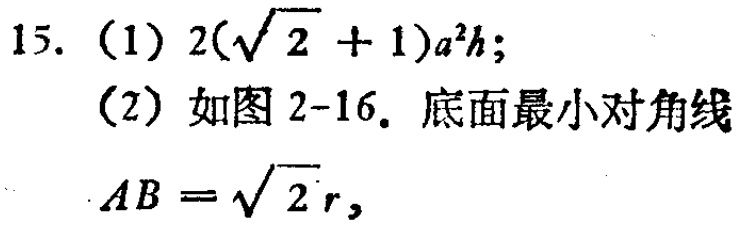
15. (1) \(2(\sqrt{2}+1)a^{2}h\);
(2) 如图2-16. 底面最小对角线
\(AB = \sqrt{2}r\),